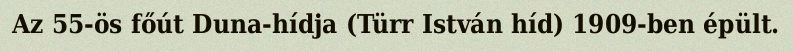
Az 55-ös főút Duna-hídja (Türr István híd) 1909-ben épült.